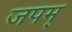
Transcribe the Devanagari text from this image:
जपम्